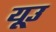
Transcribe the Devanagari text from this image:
यूउ